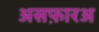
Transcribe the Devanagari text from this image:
असफ़ारअ